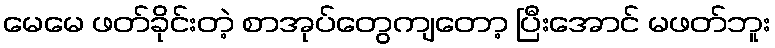
မေမေ ဖတ်ခိုင်းတဲ့ စာအုပ်တွေကျတော့ ပြီးအောင် မဖတ်ဘူး